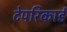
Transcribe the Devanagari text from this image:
टेपरिकार्ड